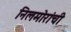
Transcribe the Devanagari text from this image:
निलमोरांची